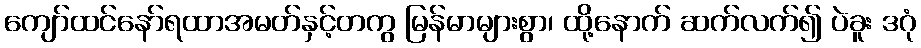
ကျော်ထင်နော်ရထာအမတ်နှင့်တကွ မြန်မာများစွာ၊ ထို့နောက် ဆက်လက်၍ ပဲခူး ဒဂုံ